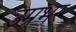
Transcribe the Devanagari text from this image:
उम्रभर